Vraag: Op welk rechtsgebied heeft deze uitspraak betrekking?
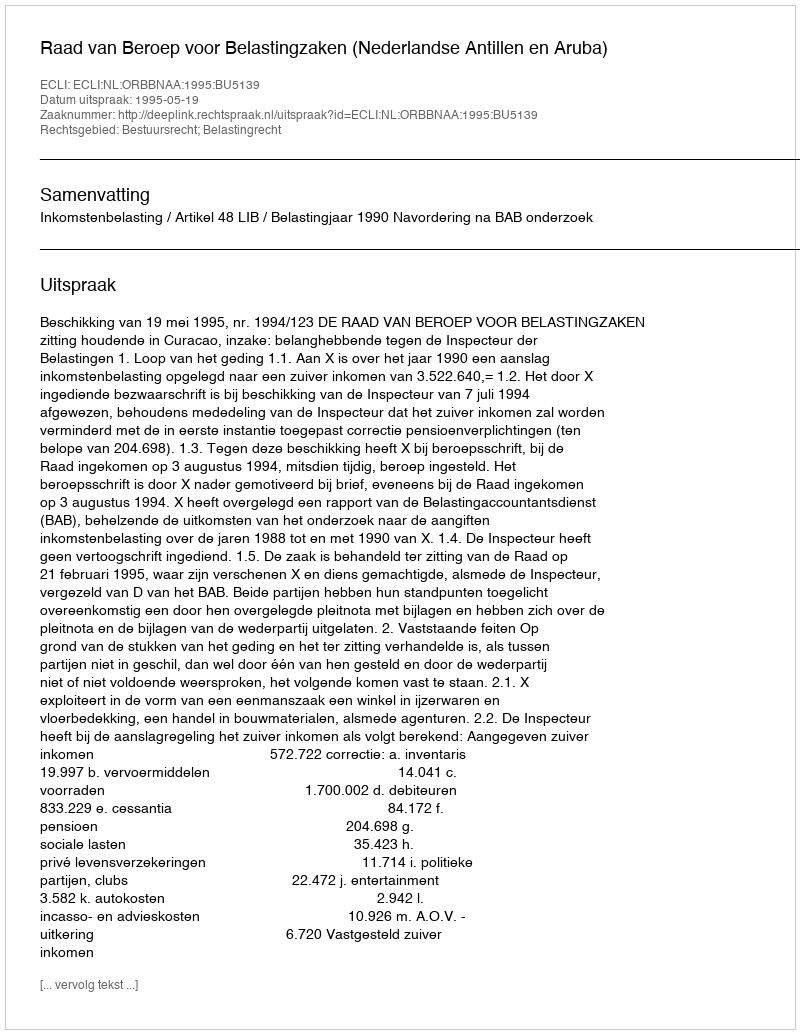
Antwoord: Bestuursrecht; Belastingrecht